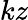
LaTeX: kz